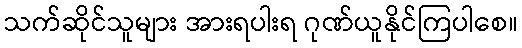
သက်ဆိုင်သူများ အားရပါးရ ဂုဏ်ယူနိုင်ကြပါစေ။